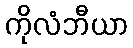
ကိုလံဘီယာ